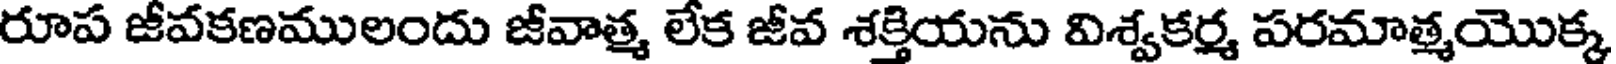
రూప జీవకణములందు జీవాత్మ లేక జీవ శక్తియను విశ్వకర్మ పరమాత్మయొక్క